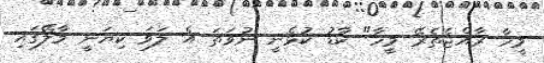
މީހާ ރާއްޖެތެރޭ މީހާ" ކާޑު ކުޅެނީ ނުވަތަ އެ ލަވަ ކިޔަނީ މާލޭގައި